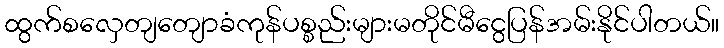
ထွက်စလှေတျတျောခံကုန်ပစ္စည်းများမတိုင်မီငွေပြန်အမ်းနိုင်ပါတယ်။